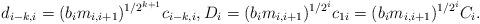
LaTeX: \begin{align*}d_{i-k,i}=(b_{i}m_{i,i+1})^{1/2^{k+1}}c_{i-k,i},D_{i}=(b_{i}m_{i,i+1})^{1/2^{i}}c_{1i}=(b_{i}m_{i,i+1})^{1/2^{i}}C_{i}.\end{align*}